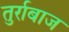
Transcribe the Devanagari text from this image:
तुर्राबाज